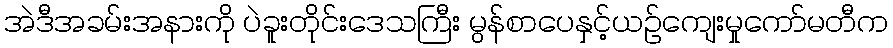
အဲဒီအခမ်းအနားကို ပဲခူးတိုင်းဒေသကြီး မွန်စာပေနှင့်ယဉ်ကျေးမှုကော်မတီက